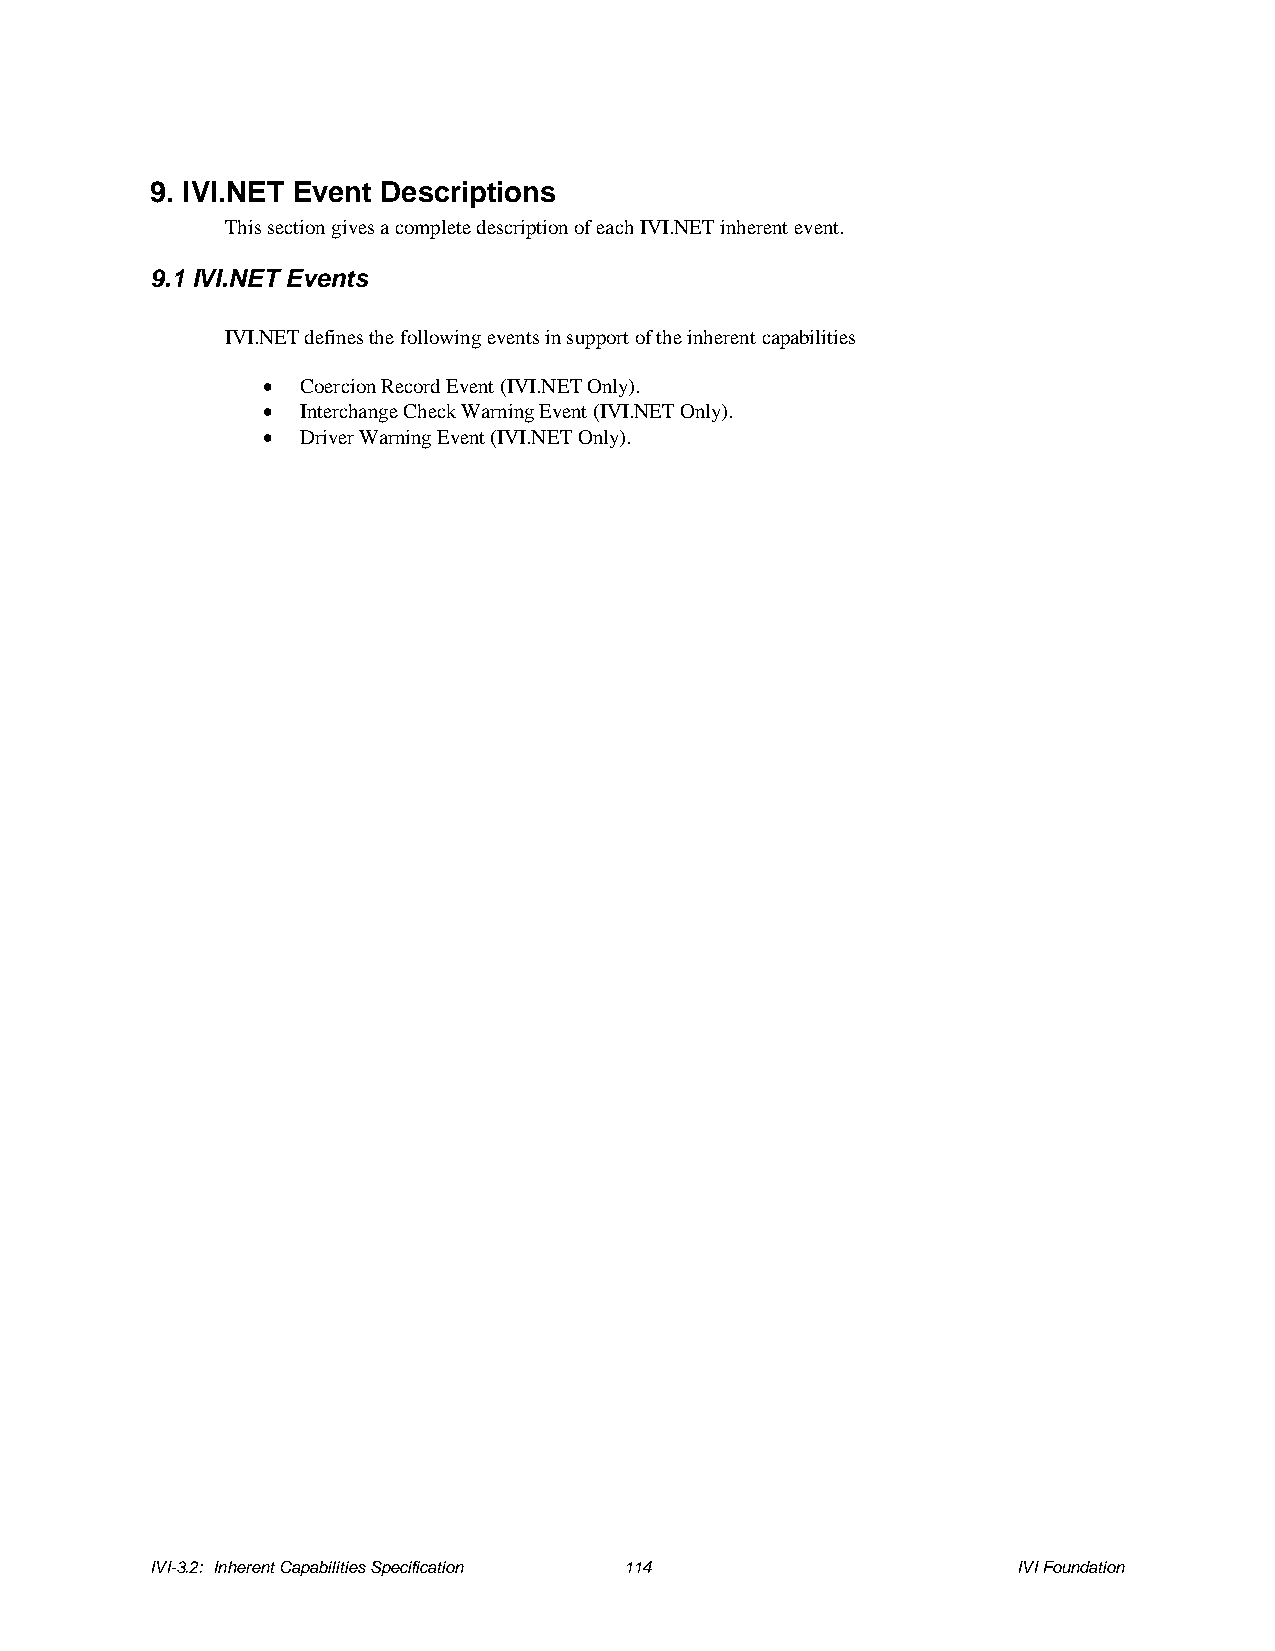
9. IVI.NET Event Descriptions
 This section gives a complete description of each IVI.NET inherent event.
 9.1 IVI.NET Events
 IVI.NET defines the following events in support of the inherent capabilities
 •  Coercion Record Event (IVI.NET Only).
 •  Interchange Check Warning Event (IVI.NET Only).
 •  Driver Warning Event (IVI.NET Only).
 IVI-3.2: Inherent Capabilities Specification 114         IVI Foundation